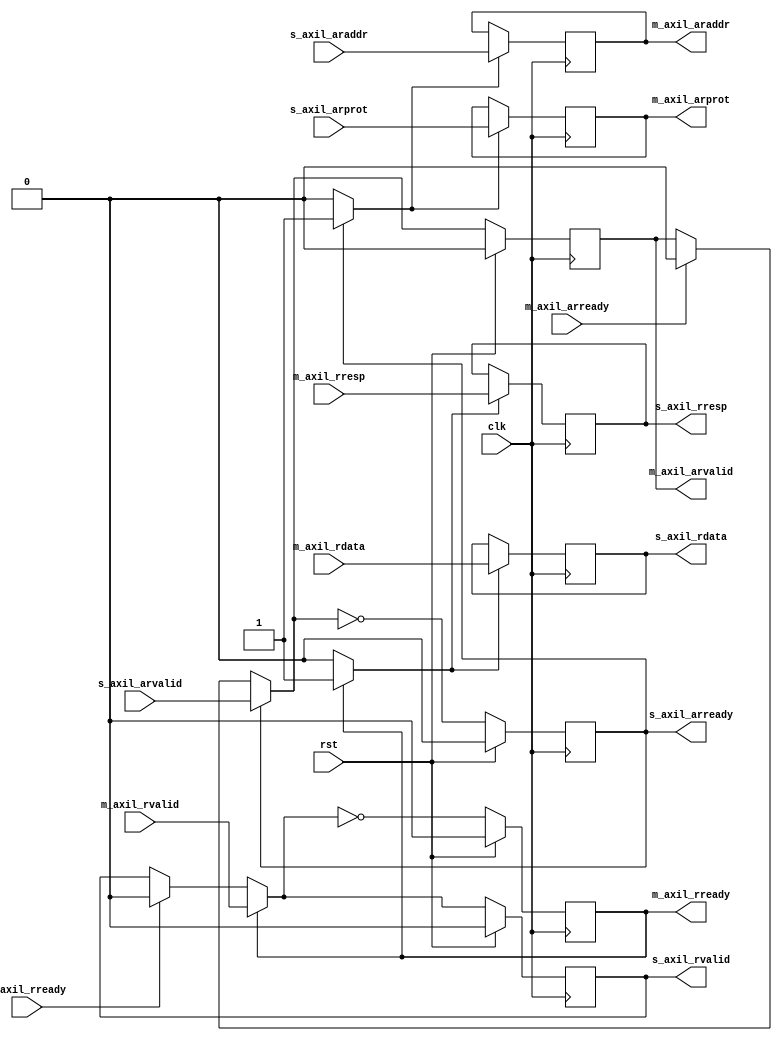
/*

Copyright (c) 2018 Alex Forencich

Permission is hereby granted, free of charge, to any person obtaining a copy
of this software and associated documentation files (the "Software"), to deal
in the Software without restriction, including without limitation the rights
to use, copy, modify, merge, publish, distribute, sublicense, and/or sell
copies of the Software, and to permit persons to whom the Software is
furnished to do so, subject to the following conditions:

The above copyright notice and this permission notice shall be included in
all copies or substantial portions of the Software.

THE SOFTWARE IS PROVIDED "AS IS", WITHOUT WARRANTY OF ANY KIND, EXPRESS OR
IMPLIED, INCLUDING BUT NOT LIMITED TO THE WARRANTIES OF MERCHANTABILITY
FITNESS FOR A PARTICULAR PURPOSE AND NONINFRINGEMENT. IN NO EVENT SHALL THE
AUTHORS OR COPYRIGHT HOLDERS BE LIABLE FOR ANY CLAIM, DAMAGES OR OTHER
LIABILITY, WHETHER IN AN ACTION OF CONTRACT, TORT OR OTHERWISE, ARISING FROM,
OUT OF OR IN CONNECTION WITH THE SOFTWARE OR THE USE OR OTHER DEALINGS IN
THE SOFTWARE.

*/

// Language: Verilog 2001

`timescale 1ns / 1ps

/*
 * AXI4 lite register (read)
 */
module axil_register_rd #
(
    // Width of data bus in bits
    parameter DATA_WIDTH = 32,
    // Width of address bus in bits
    parameter ADDR_WIDTH = 32,
    // Width of wstrb (width of data bus in words)
    parameter STRB_WIDTH = (DATA_WIDTH/8),
    // AR channel register type
    // 0 to bypass, 1 for simple buffer
    parameter AR_REG_TYPE = 1,
    // R channel register type
    // 0 to bypass, 1 for simple buffer
    parameter R_REG_TYPE = 1
)
(
    input  wire                     clk,
    input  wire                     rst,

    /*
     * AXI lite slave interface
     */
    input  wire [ADDR_WIDTH-1:0]    s_axil_araddr,
    input  wire [2:0]               s_axil_arprot,
    input  wire                     s_axil_arvalid,
    output wire                     s_axil_arready,
    output wire [DATA_WIDTH-1:0]    s_axil_rdata,
    output wire [1:0]               s_axil_rresp,
    output wire                     s_axil_rvalid,
    input  wire                     s_axil_rready,

    /*
     * AXI lite master interface
     */
    output wire [ADDR_WIDTH-1:0]    m_axil_araddr,
    output wire [2:0]               m_axil_arprot,
    output wire                     m_axil_arvalid,
    input  wire                     m_axil_arready,
    input  wire [DATA_WIDTH-1:0]    m_axil_rdata,
    input  wire [1:0]               m_axil_rresp,
    input  wire                     m_axil_rvalid,
    output wire                     m_axil_rready
);

generate

// AR channel

if (AR_REG_TYPE > 1) begin
// skid buffer, no bubble cycles

// datapath registers
reg                    s_axil_arready_reg = 1'b0;

reg [ADDR_WIDTH-1:0]   m_axil_araddr_reg   = {ADDR_WIDTH{1'b0}};
reg [2:0]              m_axil_arprot_reg   = 3'd0;
reg                    m_axil_arvalid_reg  = 1'b0, m_axil_arvalid_next;

reg [ADDR_WIDTH-1:0]   temp_m_axil_araddr_reg   = {ADDR_WIDTH{1'b0}};
reg [2:0]              temp_m_axil_arprot_reg   = 3'd0;
reg                    temp_m_axil_arvalid_reg  = 1'b0, temp_m_axil_arvalid_next;

// datapath control
reg store_axil_ar_input_to_output;
reg store_axil_ar_input_to_temp;
reg store_axil_ar_temp_to_output;

assign s_axil_arready  = s_axil_arready_reg;

assign m_axil_araddr   = m_axil_araddr_reg;
assign m_axil_arprot   = m_axil_arprot_reg;
assign m_axil_arvalid  = m_axil_arvalid_reg;

// enable ready input next cycle if output is ready or the temp reg will not be filled on the next cycle (output reg empty or no input)
wire s_axil_arready_early = m_axil_arready | (~temp_m_axil_arvalid_reg & (~m_axil_arvalid_reg | ~s_axil_arvalid));

always @* begin
    // transfer sink ready state to source
    m_axil_arvalid_next = m_axil_arvalid_reg;
    temp_m_axil_arvalid_next = temp_m_axil_arvalid_reg;

    store_axil_ar_input_to_output = 1'b0;
    store_axil_ar_input_to_temp = 1'b0;
    store_axil_ar_temp_to_output = 1'b0;

    if (s_axil_arready_reg) begin
        // input is ready
        if (m_axil_arready | ~m_axil_arvalid_reg) begin
            // output is ready or currently not valid, transfer data to output
            m_axil_arvalid_next = s_axil_arvalid;
            store_axil_ar_input_to_output = 1'b1;
        end else begin
            // output is not ready, store input in temp
            temp_m_axil_arvalid_next = s_axil_arvalid;
            store_axil_ar_input_to_temp = 1'b1;
        end
    end else if (m_axil_arready) begin
        // input is not ready, but output is ready
        m_axil_arvalid_next = temp_m_axil_arvalid_reg;
        temp_m_axil_arvalid_next = 1'b0;
        store_axil_ar_temp_to_output = 1'b1;
    end
end

always @(posedge clk) begin
    if (rst) begin
        s_axil_arready_reg <= 1'b0;
        m_axil_arvalid_reg <= 1'b0;
        temp_m_axil_arvalid_reg <= 1'b0;
    end else begin
        s_axil_arready_reg <= s_axil_arready_early;
        m_axil_arvalid_reg <= m_axil_arvalid_next;
        temp_m_axil_arvalid_reg <= temp_m_axil_arvalid_next;
    end

    // datapath
    if (store_axil_ar_input_to_output) begin
        m_axil_araddr_reg <= s_axil_araddr;
        m_axil_arprot_reg <= s_axil_arprot;
    end else if (store_axil_ar_temp_to_output) begin
        m_axil_araddr_reg <= temp_m_axil_araddr_reg;
        m_axil_arprot_reg <= temp_m_axil_arprot_reg;
    end

    if (store_axil_ar_input_to_temp) begin
        temp_m_axil_araddr_reg <= s_axil_araddr;
        temp_m_axil_arprot_reg <= s_axil_arprot;
    end
end

end else if (AR_REG_TYPE == 1) begin
// simple register, inserts bubble cycles

// datapath registers
reg                    s_axil_arready_reg = 1'b0;

reg [ADDR_WIDTH-1:0]   m_axil_araddr_reg   = {ADDR_WIDTH{1'b0}};
reg [2:0]              m_axil_arprot_reg   = 3'd0;
reg                    m_axil_arvalid_reg  = 1'b0, m_axil_arvalid_next;

// datapath control
reg store_axil_ar_input_to_output;

assign s_axil_arready  = s_axil_arready_reg;

assign m_axil_araddr   = m_axil_araddr_reg;
assign m_axil_arprot   = m_axil_arprot_reg;
assign m_axil_arvalid  = m_axil_arvalid_reg;

// enable ready input next cycle if output buffer will be empty
wire s_axil_arready_early = !m_axil_arvalid_next;

always @* begin
    // transfer sink ready state to source
    m_axil_arvalid_next = m_axil_arvalid_reg;

    store_axil_ar_input_to_output = 1'b0;

    if (s_axil_arready_reg) begin
        m_axil_arvalid_next = s_axil_arvalid;
        store_axil_ar_input_to_output = 1'b1;
    end else if (m_axil_arready) begin
        m_axil_arvalid_next = 1'b0;
    end
end

always @(posedge clk) begin
    if (rst) begin
        s_axil_arready_reg <= 1'b0;
        m_axil_arvalid_reg <= 1'b0;
    end else begin
        s_axil_arready_reg <= s_axil_arready_early;
        m_axil_arvalid_reg <= m_axil_arvalid_next;
    end

    // datapath
    if (store_axil_ar_input_to_output) begin
        m_axil_araddr_reg <= s_axil_araddr;
        m_axil_arprot_reg <= s_axil_arprot;
    end
end

end else begin

    // bypass AR channel
    assign m_axil_araddr = s_axil_araddr;
    assign m_axil_arprot = s_axil_arprot;
    assign m_axil_arvalid = s_axil_arvalid;
    assign s_axil_arready = m_axil_arready;

end

// R channel

if (R_REG_TYPE > 1) begin
// skid buffer, no bubble cycles

// datapath registers
reg                   m_axil_rready_reg = 1'b0;

reg [DATA_WIDTH-1:0]  s_axil_rdata_reg  = {DATA_WIDTH{1'b0}};
reg [1:0]             s_axil_rresp_reg  = 2'b0;
reg                   s_axil_rvalid_reg = 1'b0, s_axil_rvalid_next;

reg [DATA_WIDTH-1:0]  temp_s_axil_rdata_reg  = {DATA_WIDTH{1'b0}};
reg [1:0]             temp_s_axil_rresp_reg  = 2'b0;
reg                   temp_s_axil_rvalid_reg = 1'b0, temp_s_axil_rvalid_next;

// datapath control
reg store_axil_r_input_to_output;
reg store_axil_r_input_to_temp;
reg store_axil_r_temp_to_output;

assign m_axil_rready = m_axil_rready_reg;

assign s_axil_rdata  = s_axil_rdata_reg;
assign s_axil_rresp  = s_axil_rresp_reg;
assign s_axil_rvalid = s_axil_rvalid_reg;

// enable ready input next cycle if output is ready or the temp reg will not be filled on the next cycle (output reg empty or no input)
wire m_axil_rready_early = s_axil_rready | (~temp_s_axil_rvalid_reg & (~s_axil_rvalid_reg | ~m_axil_rvalid));

always @* begin
    // transfer sink ready state to source
    s_axil_rvalid_next = s_axil_rvalid_reg;
    temp_s_axil_rvalid_next = temp_s_axil_rvalid_reg;

    store_axil_r_input_to_output = 1'b0;
    store_axil_r_input_to_temp = 1'b0;
    store_axil_r_temp_to_output = 1'b0;

    if (m_axil_rready_reg) begin
        // input is ready
        if (s_axil_rready | ~s_axil_rvalid_reg) begin
            // output is ready or currently not valid, transfer data to output
            s_axil_rvalid_next = m_axil_rvalid;
            store_axil_r_input_to_output = 1'b1;
        end else begin
            // output is not ready, store input in temp
            temp_s_axil_rvalid_next = m_axil_rvalid;
            store_axil_r_input_to_temp = 1'b1;
        end
    end else if (s_axil_rready) begin
        // input is not ready, but output is ready
        s_axil_rvalid_next = temp_s_axil_rvalid_reg;
        temp_s_axil_rvalid_next = 1'b0;
        store_axil_r_temp_to_output = 1'b1;
    end
end

always @(posedge clk) begin
    if (rst) begin
        m_axil_rready_reg <= 1'b0;
        s_axil_rvalid_reg <= 1'b0;
        temp_s_axil_rvalid_reg <= 1'b0;
    end else begin
        m_axil_rready_reg <= m_axil_rready_early;
        s_axil_rvalid_reg <= s_axil_rvalid_next;
        temp_s_axil_rvalid_reg <= temp_s_axil_rvalid_next;
    end

    // datapath
    if (store_axil_r_input_to_output) begin
        s_axil_rdata_reg <= m_axil_rdata;
        s_axil_rresp_reg <= m_axil_rresp;
    end else if (store_axil_r_temp_to_output) begin
        s_axil_rdata_reg <= temp_s_axil_rdata_reg;
        s_axil_rresp_reg <= temp_s_axil_rresp_reg;
    end

    if (store_axil_r_input_to_temp) begin
        temp_s_axil_rdata_reg <= m_axil_rdata;
        temp_s_axil_rresp_reg <= m_axil_rresp;
    end
end

end else if (R_REG_TYPE == 1) begin
// simple register, inserts bubble cycles

// datapath registers
reg                   m_axil_rready_reg = 1'b0;

reg [DATA_WIDTH-1:0]  s_axil_rdata_reg  = {DATA_WIDTH{1'b0}};
reg [1:0]             s_axil_rresp_reg  = 2'b0;
reg                   s_axil_rvalid_reg = 1'b0, s_axil_rvalid_next;

// datapath control
reg store_axil_r_input_to_output;

assign m_axil_rready = m_axil_rready_reg;

assign s_axil_rdata  = s_axil_rdata_reg;
assign s_axil_rresp  = s_axil_rresp_reg;
assign s_axil_rvalid = s_axil_rvalid_reg;

// enable ready input next cycle if output buffer will be empty
wire m_axil_rready_early = !s_axil_rvalid_next;

always @* begin
    // transfer sink ready state to source
    s_axil_rvalid_next = s_axil_rvalid_reg;

    store_axil_r_input_to_output = 1'b0;

    if (m_axil_rready_reg) begin
        s_axil_rvalid_next = m_axil_rvalid;
        store_axil_r_input_to_output = 1'b1;
    end else if (s_axil_rready) begin
        s_axil_rvalid_next = 1'b0;
    end
end

always @(posedge clk) begin
    if (rst) begin
        m_axil_rready_reg <= 1'b0;
        s_axil_rvalid_reg <= 1'b0;
    end else begin
        m_axil_rready_reg <= m_axil_rready_early;
        s_axil_rvalid_reg <= s_axil_rvalid_next;
    end

    // datapath
    if (store_axil_r_input_to_output) begin
        s_axil_rdata_reg <= m_axil_rdata;
        s_axil_rresp_reg <= m_axil_rresp;
    end
end

end else begin

    // bypass R channel
    assign s_axil_rdata = m_axil_rdata;
    assign s_axil_rresp = m_axil_rresp;
    assign s_axil_rvalid = m_axil_rvalid;
    assign m_axil_rready = s_axil_rready;

end

endgenerate

endmodule